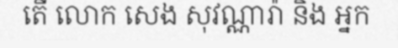
តើ លោក សេង សុវណ្ណារ៉ា និង អ្នក